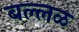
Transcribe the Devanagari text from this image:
बल्लळ